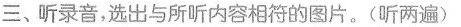
三、听录音，选出与所听内容相符的图片。(听两遍)